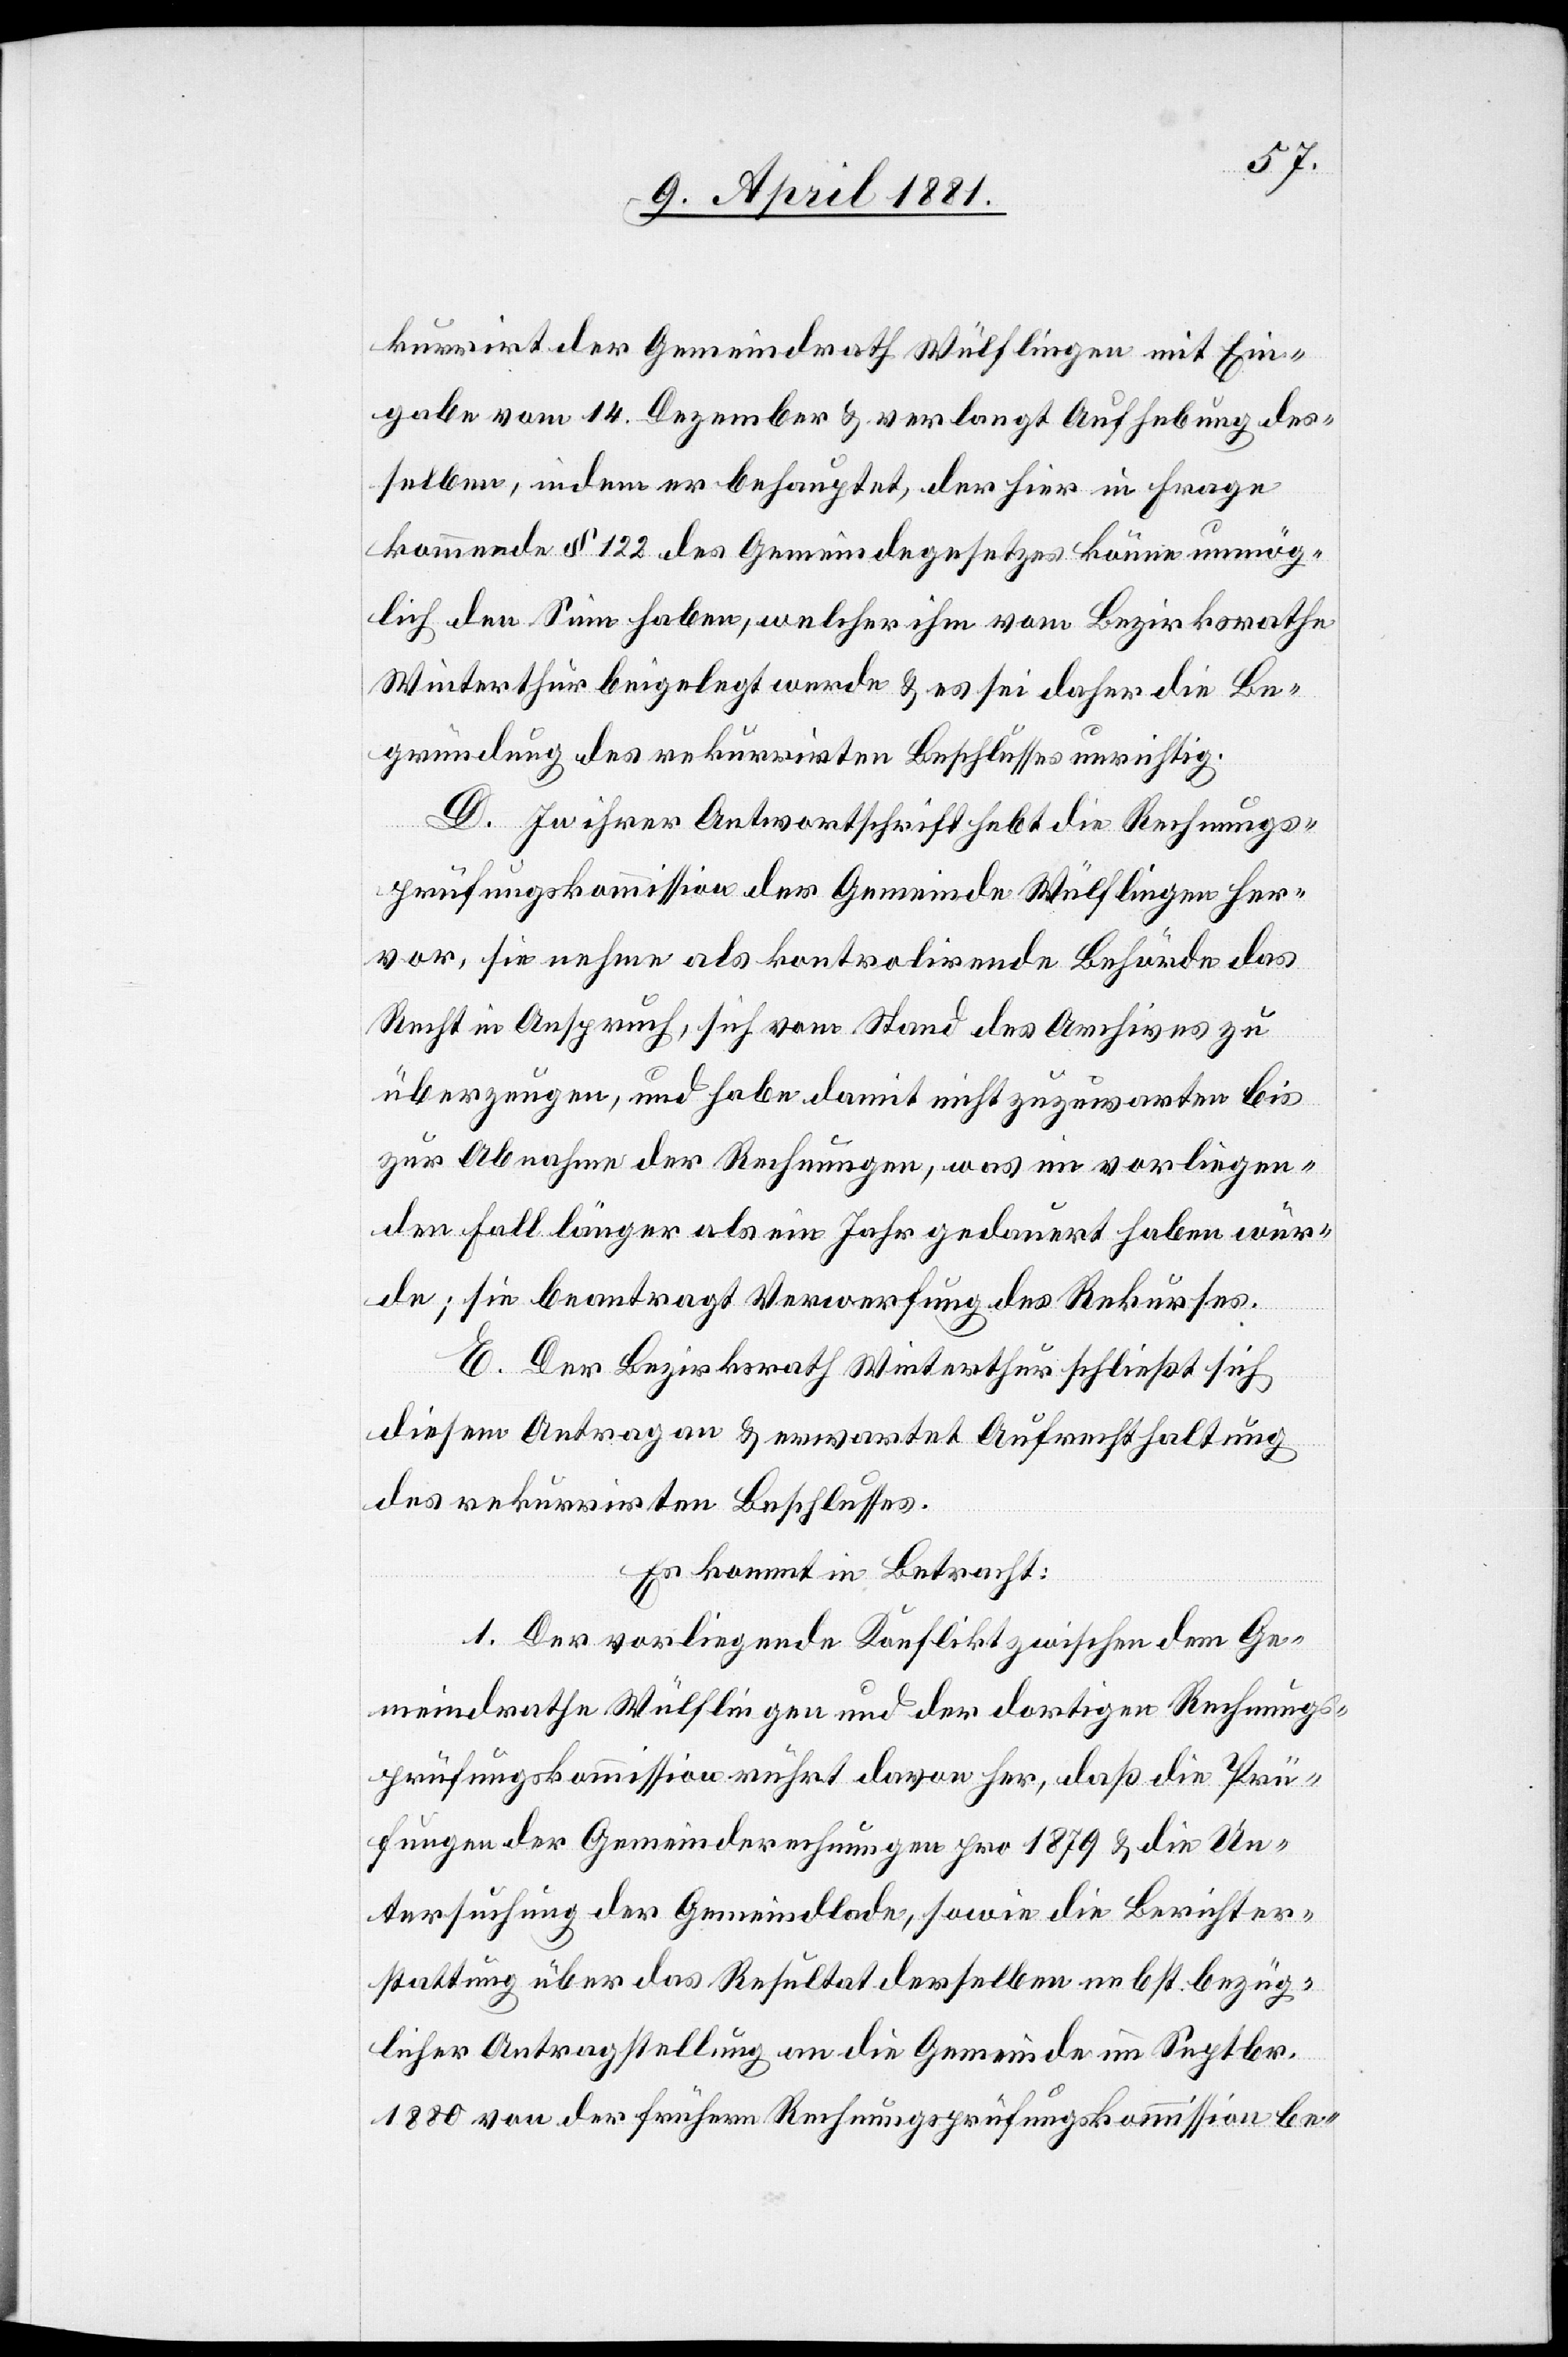
kurrirt der Gemeindrath Wülflingen mit Ein¬
gabe vom 14. Dezember & verlangt Aufhebung des¬
selben, indem er behauptet, der hier in Frage
kommende § 122 des Gemeindegesetzes könne unmög¬
lich den Sinn haben, welcher ihm vom Bezirksrathe
Winterthur beigelegt werde & es sei daher die Be¬
gründung des rekurrirten Beschlusses unrichtig.
D. In ihrer Antwortschrift hebt die Rechungs¬
prüfungskommission der Gemeinde Wülflingen her¬
vor, sie nehme als kontrolirende Behörde das
Recht in Anspruch, sich vom Stand des Archives zu
überzeugen, und habe damit nicht zuzuwarten bis
zur Abnahme der Rechnungen, was im vorliegen¬
den Fall länger als ein Jahr gedauert haben wür¬
de; sie beantragt Verwerfung des Rekurses.
E. Der Bezirksrath Winterthur schließt sich
diesem Antrage an & erwartet Aufrechthaltung
des rekurrirten Beschlusses.
Es kommt in Betracht:
1. Der vorliegende Konflikt zwischen dem Ge¬
meindrathe Wülflingen und der dortigen Rechnungs¬
prüfungskommission rührt davon her, daß die Prü¬
fungen der Gemeinderechnungen pro 1879 & die Un¬
tersuchung der Gemeindlade, sowie die Berichter¬
stattung über das Resultat derselben nebst bezüg¬
licher Antragstellung an die Gemeinde im Septbr.
1880 von der frühern Rechnungsprüfungskommission be-